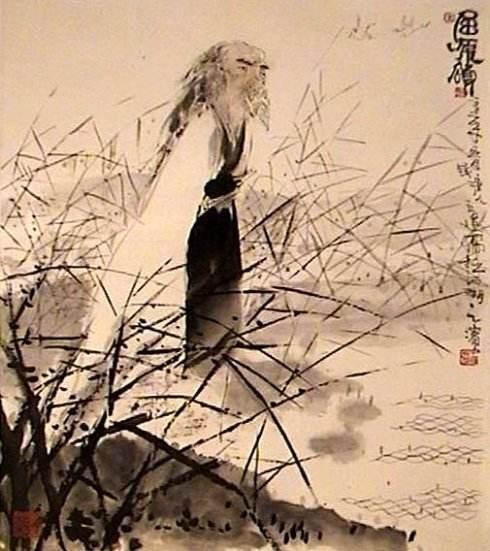
秋风起兮木叶飞，吴江水兮鲈正肥。